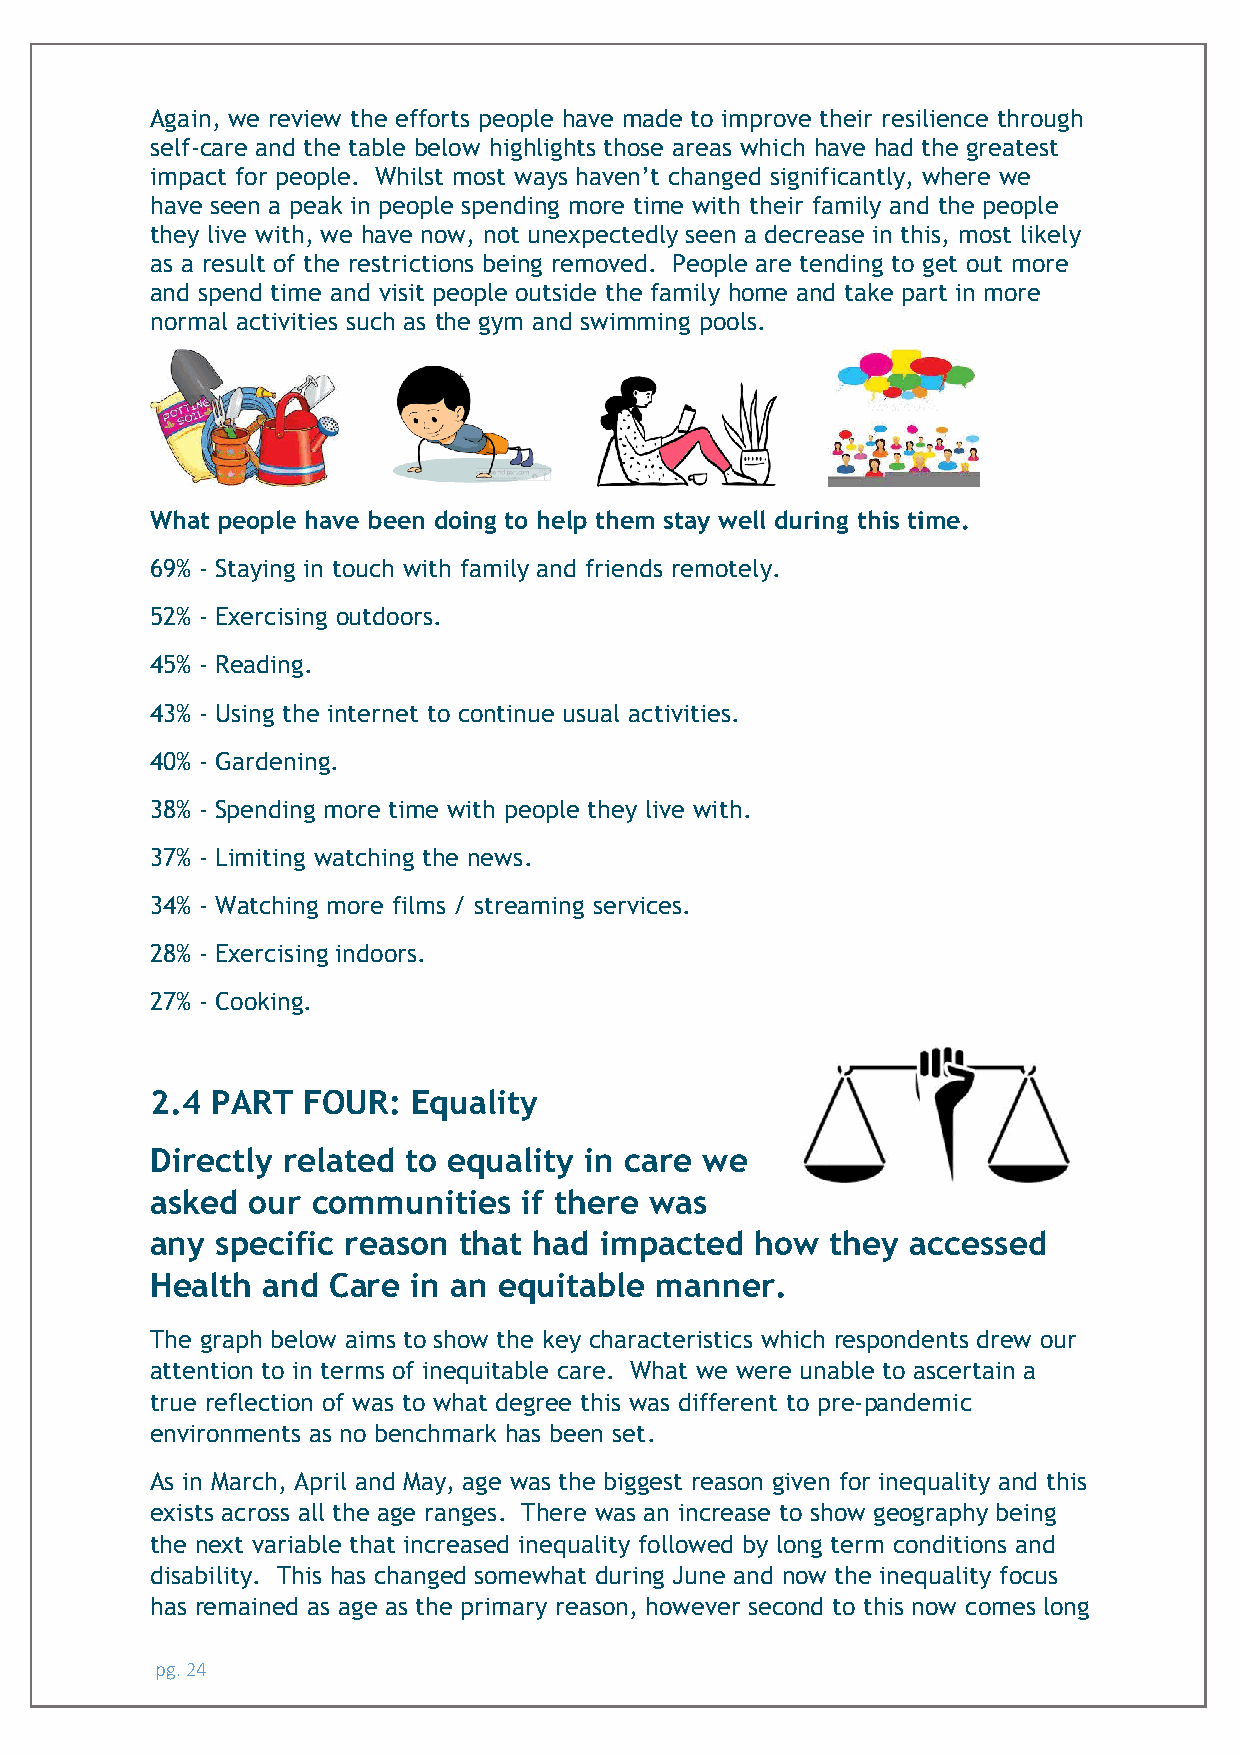
Again, we review the efforts people have made to improve their resilience through
 self-care and the table below highlights those areas which have had the greatest
 impact for people. Whilst most ways haven’t changed significantly, where we
 have seen a peak in people spending more time with their family and the people
 they live with, we have now, not unexpectedly seen a decrease in this, most likely
 as a result of the restrictions being removed. People are tending to get out more
 and spend time and visit people outside the family home and take part in more
 normal activities such as the gym and swimming pools.
 What people have been doing to help them stay well during this time.
 69% - Staying in touch with family and friends remotely.
 52% - Exercising outdoors.
 45% - Reading.
 43% - Using the internet to continue usual activities.
 40% - Gardening.
 38% - Spending more time with people they live with.
 37% - Limiting watching the news.
 34% - Watching more films / streaming services.
 28% - Exercising indoors.
 27% - Cooking.
 2.4 PART  FOUR:  Equality
 Directly related to equality in care we
 asked our  communities   if there was
 any specific reason that had  impacted  how  they accessed
 Health and  Care in an equitable manner.
 The graph below aims to show the key characteristics which respondents drew our
 attention to in terms of inequitable care. What we were unable to ascertain a
 true reflection of was to what degree this was different to pre-pandemic
 environments as no benchmark has been set.
 As in March, April and May, age was the biggest reason given for inequality and this
 exists across all the age ranges. There was an increase to show geography being
 the next variable that increased inequality followed by long term conditions and
 disability. This has changed somewhat during June and now the inequality focus
 has remained as age as the primary reason, however second to this now comes long
 pg. 24